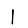
Digit: 1